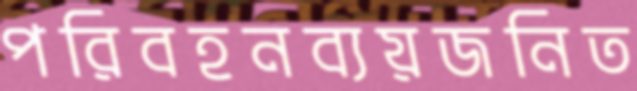
পরিবহনব্যয়জনিত